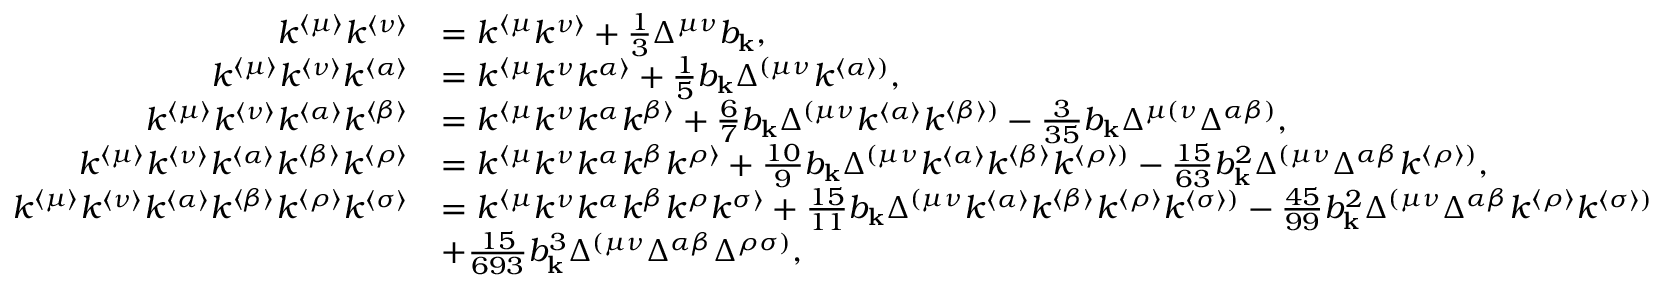
\begin{array} { r l } { k ^ { \langle \mu \rangle } k ^ { \langle \nu \rangle } } & { = k ^ { \langle \mu } k ^ { \nu \rangle } + \frac { 1 } { 3 } \Delta ^ { \mu \nu } b _ { \mathbf { k } } , } \\ { k ^ { \langle \mu \rangle } k ^ { \langle \nu \rangle } k ^ { \langle \alpha \rangle } } & { = k ^ { \langle \mu } k ^ { \nu } k ^ { \alpha \rangle } + \frac { 1 } { 5 } b _ { \mathbf { k } } \Delta ^ { ( \mu \nu } k ^ { \langle \alpha \rangle ) } , } \\ { k ^ { \langle \mu \rangle } k ^ { \langle \nu \rangle } k ^ { \langle \alpha \rangle } k ^ { \langle \beta \rangle } } & { = k ^ { \langle \mu } k ^ { \nu } k ^ { \alpha } k ^ { \beta \rangle } + \frac { 6 } { 7 } b _ { \mathbf { k } } \Delta ^ { ( \mu \nu } k ^ { \langle \alpha \rangle } k ^ { \langle \beta \rangle ) } - \frac { 3 } { 3 5 } b _ { \mathbf { k } } \Delta ^ { \mu ( \nu } \Delta ^ { \alpha \beta ) } , } \\ { k ^ { \langle \mu \rangle } k ^ { \langle \nu \rangle } k ^ { \langle \alpha \rangle } k ^ { \langle \beta \rangle } k ^ { \langle \rho \rangle } } & { = k ^ { \langle \mu } k ^ { \nu } k ^ { \alpha } k ^ { \beta } k ^ { \rho \rangle } + \frac { 1 0 } { 9 } b _ { \mathbf { k } } \Delta ^ { ( \mu \nu } k ^ { \langle \alpha \rangle } k ^ { \langle \beta \rangle } k ^ { \langle \rho \rangle ) } - \frac { 1 5 } { 6 3 } b _ { \mathbf { k } } ^ { 2 } \Delta ^ { ( \mu \nu } \Delta ^ { \alpha \beta } k ^ { \langle \rho \rangle ) } , } \\ { k ^ { \langle \mu \rangle } k ^ { \langle \nu \rangle } k ^ { \langle \alpha \rangle } k ^ { \langle \beta \rangle } k ^ { \langle \rho \rangle } k ^ { \langle \sigma \rangle } } & { = k ^ { \langle \mu } k ^ { \nu } k ^ { \alpha } k ^ { \beta } k ^ { \rho } k ^ { \sigma \rangle } + \frac { 1 5 } { 1 1 } b _ { \mathbf { k } } \Delta ^ { ( \mu \nu } k ^ { \langle \alpha \rangle } k ^ { \langle \beta \rangle } k ^ { \langle \rho \rangle } k ^ { \langle \sigma \rangle ) } - \frac { 4 5 } { 9 9 } b _ { \mathbf { k } } ^ { 2 } \Delta ^ { ( \mu \nu } \Delta ^ { \alpha \beta } k ^ { \langle \rho \rangle } k ^ { \langle \sigma \rangle ) } } \\ & { + \frac { 1 5 } { 6 9 3 } b _ { \mathbf { k } } ^ { 3 } \Delta ^ { ( \mu \nu } \Delta ^ { \alpha \beta } \Delta ^ { \rho \sigma ) } , } \end{array}